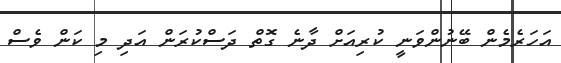
އަހަރެމެން ބޭނުންވަނީ ކުރިއަށް ދާނެ ގޮތް ދަސްކުރަން އަދި މި ކަން ވެސް